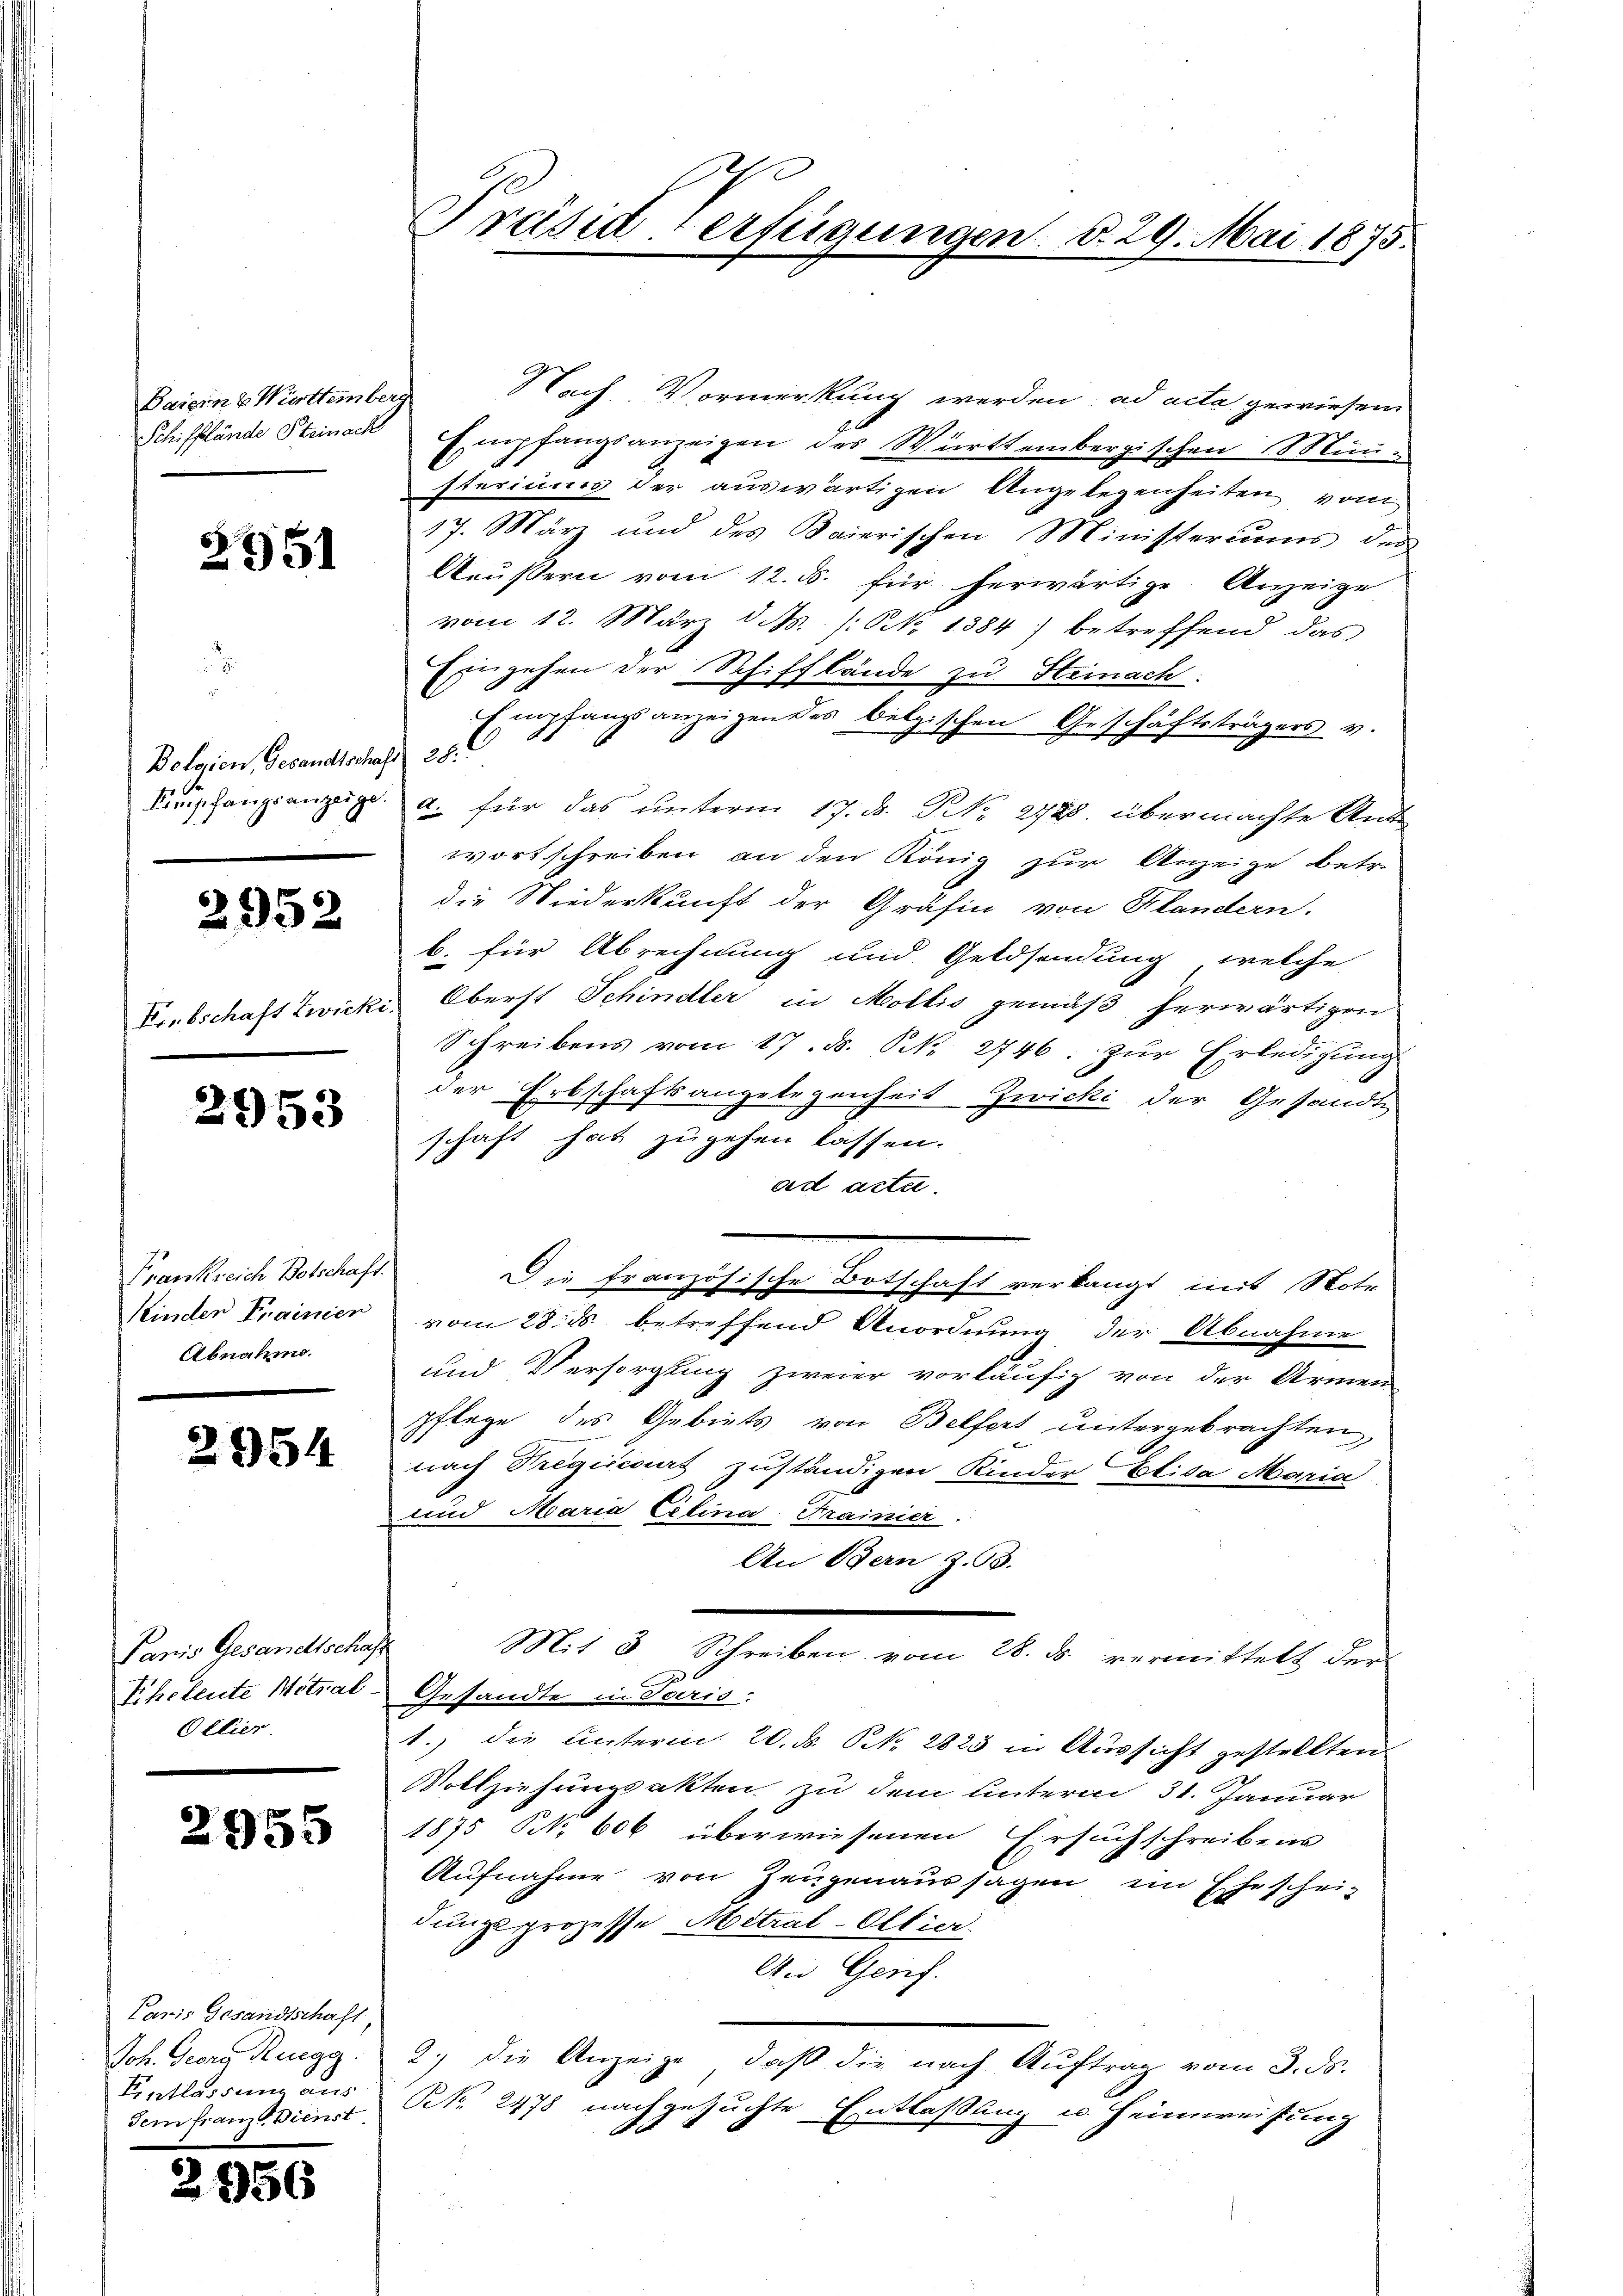
Baisin u Württemberg

2951

Bolaien, Gesandtschaft 28:

2952

2953

Frankreich Botschaft.
Keinder Frainier
Abnahm.

2954

Panis Gesandtschaf
Eheleute Mitral-
Ollier.

2955

Paris Gesandtschaft,
Joh. Georg Ruegg.
Entlassung aus
Sein franz Dienst

356

Präsiderfügungen. d. 29. Mai 1875.

Nach Vormerkung werden, ad acta gewiesen
Schifflände Steinack Empfangsanzeigen des Württembergischen Män-
steriums der auswärtigen Angelegenheiten vom
17. März und des Kaierischen Ministeriums der
Aeußern vom 12. ds. für herwärtige Anzeige
vom 12. März d. M. /: N. 1384) betreffend das
Eingehen der Schifflände zu Steinach.
Empfangsanzeigen des belgischen Geschäftsträgers v.
Karpfangsanzeige, a. für das unterm 17. d. NNo. 2728. übermachte Antr
wortschreiben an den König zur Anzeige betr.
die Niederkunft der Gräfin von Klandern.
b. für Abrechnung und Geldsendung, welche
Krebschaft Zwicki, Oberst Schindler in Mollis gemäß herwärtigen
Schreibens vom 17. ds. S. 2746. zur Erledigung
der Erbschaftsangelegenheit Zwicki der Gesandte
schaft hat zugehen lassen.
ad acte.
Die französische Botschaft verlangt mit Note
vom 28. ds. betreffend Anordnung der Abnahme
und Versorgling zweier vorläufig von der Armen
pflege des Gebiets von Belfers untergebrachten,
nach Tregischers zuständigen Kinder Elisa Maria
und Maria Citina Frainier.
An Bern Z. 53.
Mit 3 Schreiben vom 28. ds. vermittelt der
Gesandte in Paris
1., die Unterm 20. ds. N. 2823 in Aussicht gestellten
Vollziehungsakten zu dem Unterm 31. Januar
1875 N. 606 überwiesenen Ersuchschreibens
Aufnahme von Zeugenaussagen im Ehescheidungsprozesse Metral-Oltier.
An Genf.
2.) die Anzeige, daß die nach Auftrag vom 3. ds.
Ct. 2478 nachgesuchte Entlaßung u. Heimweisung